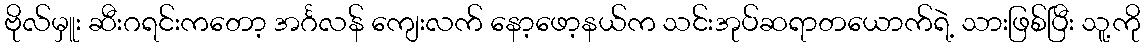
ဗိုလ်မှူး ဆီးဂရင်းကတော့ အင်္ဂလန် ကျေးလက် နော့ဖော့နယ်က သင်းအုပ်ဆရာတယောက်ရဲ့ သားဖြစ်ပြီး သူ့ကို